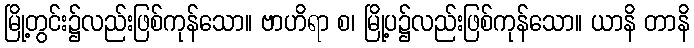
မြို့တွင်း၌လည်းဖြစ်ကုန်သော။ ဗာဟိရာ စ၊ မြို့ပ၌လည်းဖြစ်ကုန်သော။ ယာနိ တာနိ